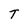
Character: T